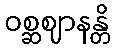
ဝစ္ဆဈာနန္တိ